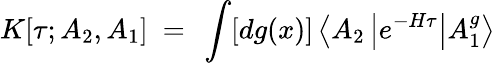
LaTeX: K[\tau;A_{2},A_{1}]~=~\int[dg(x)]\left<A_{2}\left|e^{-H\tau}\right|A_{1}^{g}\right>